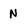
Character: N